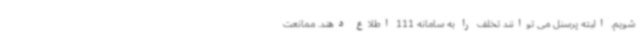
شویم. البته پرسنل می توانند تخلف را به سامانه 111 اطلاع دهند. ممانعت